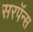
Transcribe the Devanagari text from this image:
सरपॅन्स